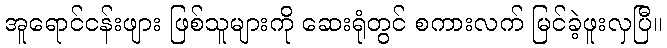
အူရောင်ငန်းဖျား ဖြစ်သူများကို ဆေးရုံတွင် စကားလက် မြင်ခဲ့ဖူးလှပြီ။